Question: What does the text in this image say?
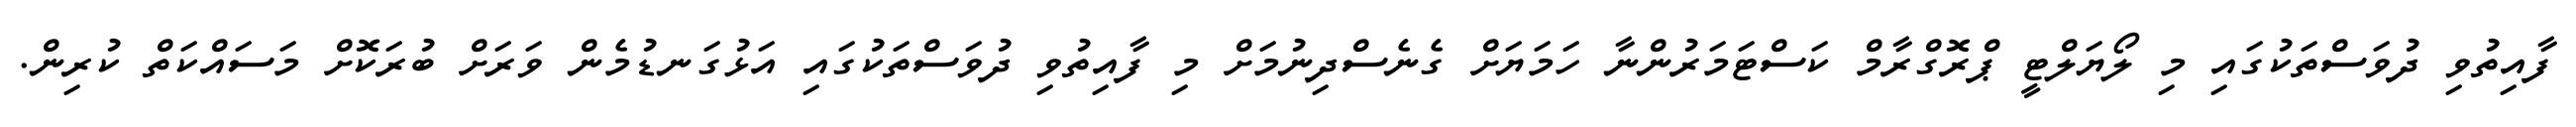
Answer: ފާއިތުވި ދުވަސްތަކުގައި މި ލޯޔަލްޓީ ޕްރޮގްރާމް ކަސްޓަމަރުންނާ ހަމަޔަށް ގެނެސްދިނުމަށް މި ފާއިތުވި ދުވަސްތަކުގައި އަޅުގަނޑުމެން ވަރަށް ބުރަކޮށް މަސައްކަތް ކުރިން.